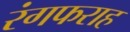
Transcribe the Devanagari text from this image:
रंगफराह